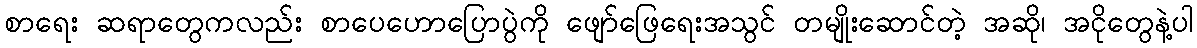
စာရေး ဆရာတွေကလည်း စာပေဟောပြောပွဲကို ဖျော်ဖြေရေးအသွင် တမျိုးဆောင်တဲ့ အဆို၊ အငိုတွေနဲ့ပါ